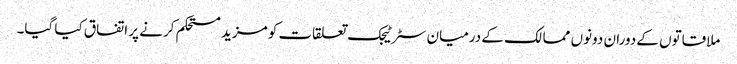
ملاقاتوں کے دوران دونوں ممالک کے درمیان سٹرٹیجک تعلقات کو مزید مستحکم کرنے پر اتفاق کیا گیا۔